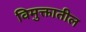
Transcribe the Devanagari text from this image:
विमुक्तातील